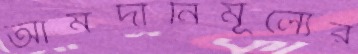
আমদানিমূল্যের